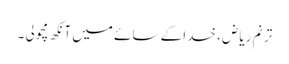
ترنم ریاض ، خدا کے سائے میں آنکھ مچولی ۔